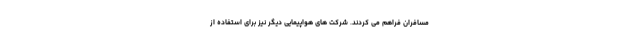
مسافران فراهم می کردند. شرکت های هواپیمایی دیگر نیز برای استفاده از